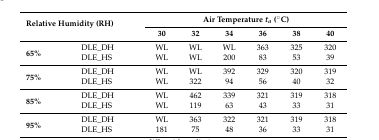
| <ROWSPAN=2-COLSPAN=2> Relative Humidity (RH) | <COLSPAN=6> Air Temperature ta (°C) |
 | 30 | 32 | 34 | 36 | 38 | 40 |
 | --- | --- | --- | --- | --- | --- | --- | --- |
 | <ROWSPAN=2> 65% | DLE_DH | WL | WL | WL | 363 | 325 | 320 |
 | DLE_HS | WL | WL | 200 | 83 | 53 | 39 |
 | <ROWSPAN=2> 75% | DLE_DH | WL | WL | 392 | 329 | 320 | 319 |
 | DLE_HS | WL | 322 | 94 | 56 | 40 | 32 |
 | <ROWSPAN=2> 85% | DLE_DH | WL | 462 | 339 | 321 | 319 | 318 |
 | DLE_HS | WL | 119 | 63 | 43 | 33 | 31 |
 | <ROWSPAN=2> 95% | DLE_DH | WL | 363 | 322 | 321 | 319 | 318 |
 | DLE_HS | 181 | 75 | 48 | 36 | 33 | 31 |